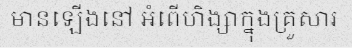
មានឡើងនៅ អំពើហិង្សាក្នុងគ្រួសារ